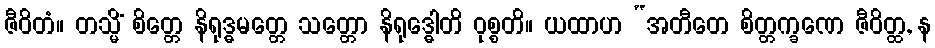
ဇီဝိတံ။ တသ္မိံ စိတ္တေ နိရုဒ္ဓမတ္တေ သတ္တော နိရုဒ္ဓေါတိ ဝုစ္စတိ။ ယထာဟ “အတီတေ စိတ္တက္ခဏေ ဇီဝိတ္ထ, န